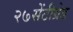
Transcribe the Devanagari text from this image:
२७सेंटीग्रेड